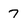
Character: 7